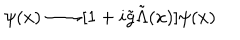
\psi ( x ) \longrightarrow [ 1 + i \tilde { g } \tilde { \Lambda } ( x ) ] \psi ( x )